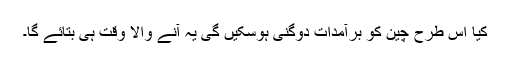
کیا اس طرح چین کو برآمدات دوگنی ہوسکیں گی یہ آنے والا وقت ہی بتائے گا۔